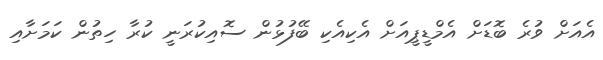
އެއަށް ވުރެ ބޮޑަށް އެމްޑީޕީއަށް އެކިއެކި ބޭފުޅުން ސޮއިކުރަނީ ކުރާ ހިތުން ކަމަށާއި